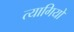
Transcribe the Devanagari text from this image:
त्‍यागियो